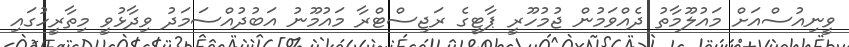
ވީނިއުސްއަށް މައުލޫމާތު ދެއްވަމުން ޖުމުހޫރީ ޕާޓީގެ ރަޖިސްޓްރާ މައުމޫނު އަބުދުއްސަމަދު ވިދާޅުވީ މިތާރީހުގައި